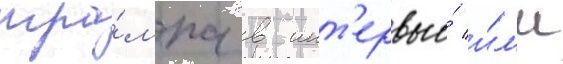
тра́мпа в инт'ервью́ и́л'и